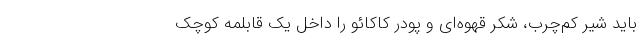
باید شیر کم‌چرب، شکر قهوه‌ای و پودر کاکائو را داخل یک قابلمه کوچک